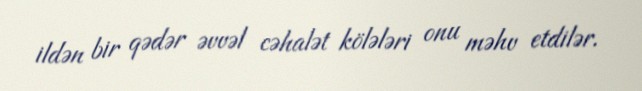
ildən bir qədər əvvəl cəhalət kölələri onu məhv etdilər.